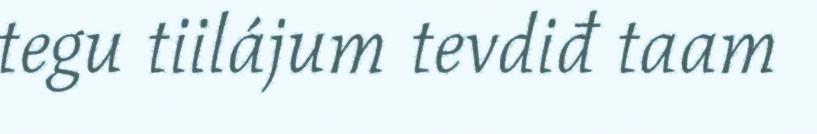
tegu tiilájum tevdiđ taam